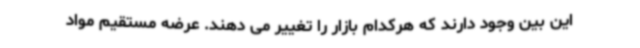
این بین وجود دارند که هرکدام بازار را تغییر می دهند. عرضه مستقیم مواد